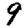
Digit: 9